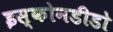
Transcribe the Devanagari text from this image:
इस्कोनडीडो